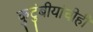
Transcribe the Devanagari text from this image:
कुटुंबीयांचीही